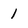
Character: 1